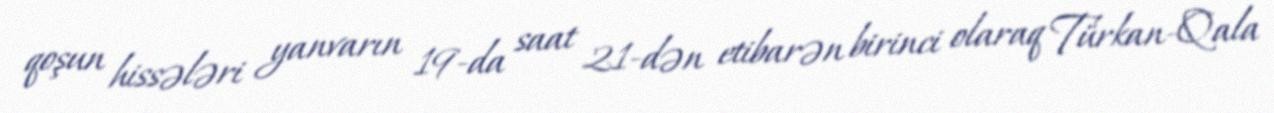
qoşun hissələri yanvarın 19-da saat 21-dən etibarən birinci olaraq Türkan-Qala